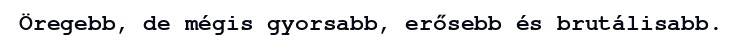
Öregebb, de mégis gyorsabb, erősebb és brutálisabb.